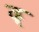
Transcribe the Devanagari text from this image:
ढ़्